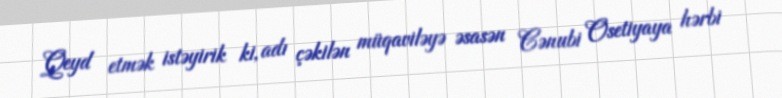
Qeyd etmək istəyirik ki, adı çəkilən müqaviləyə əsasən Cənubi Osetiyaya hərbi